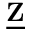
\underline { { \mathbf { Z } } }